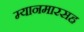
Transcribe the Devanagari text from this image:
म्यानमारसह